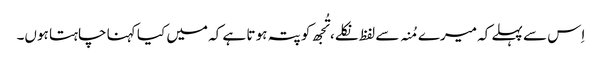
اِس سے پہلے کہ میرے مُنہ سے لفظ نکلے، تُجھ کو پتہ ہو تا ہے کہ میں کیا کہنا چاہتا ہوں۔